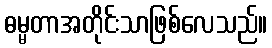
ဓမ္မတာအတိုင်းသာဖြစ်လေသည်။